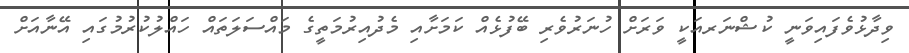
ވިދާޅުވެފައިވަނީ ކުޝްނަރއަކީ ވަރަށް ހުނަރުވެރި ބޭފުޅެއް ކަމަށާއި މެދުއިރުމަތީގެ މައްސަލަތައް ހައްލުކުރުމުގައި އޭނާއަށް